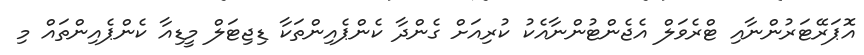
އޮޕަރޭޓަރުންނާއި ޓްރެވަލް އެޖެންޓުންނާއެކު ކުރިއަށް ގެންދާ ކެންޕެއިންތަކާ ޑިޖިޓަލް މީޑިއާ ކެންޕެއިންތައް މި